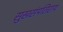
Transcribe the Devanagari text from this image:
सुखसंपतिराय